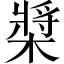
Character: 槳